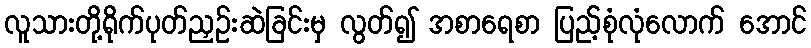
လူသားတို့ရိုက်ပုတ်ညှဉ်းဆဲခြင်းမှ လွတ်၍ အစာရေစာ ပြည့်စုံလုံလောက် အောင်